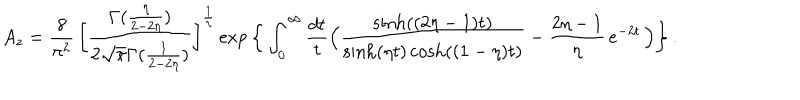
LaTeX: A _ { z } = \frac { 8 } { \pi ^ { 2 } } \, \bigg [ \frac { \Gamma ( \frac { \eta } { 2 - 2 \eta } ) } { 2 \sqrt { \pi } \Gamma ( \frac { 1 } { 2 - 2 \eta } ) } \bigg ] ^ { \frac { 1 } { \eta } } \exp \bigg \{ \int _ { 0 } ^ { \infty } \frac { d t } { t } \Big ( \frac { \sinh ( ( 2 \eta - 1 ) t ) } { \sinh ( \eta t ) \cosh ( ( 1 - \eta ) t ) } - \frac { 2 \eta - 1 } { \eta } \, e ^ { - 2 t } \, \Big ) \bigg \} \, .